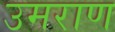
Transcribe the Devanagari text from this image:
उमराण